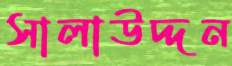
সালাউদ্দন